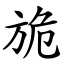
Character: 㫉